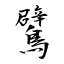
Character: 鷿